Vaccination in the Punjab 1867-1880 - 1867-1880
Year: 1867
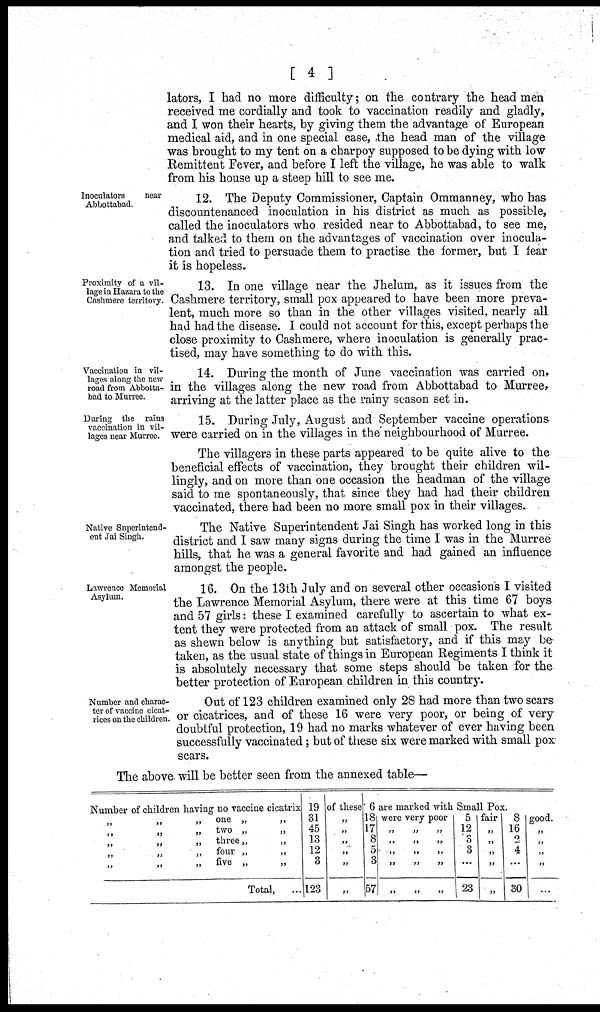
[ 4 ]
lators, I had no more difficulty; on the contrary the head men
received me cordially and took to vaccination readily and gladly,
and I won their hearts, by giving them the advantage of European
medical aid, and in one special case, the head man of the village
was brought to my tent on a charpoy supposed to be dying with low
Remittent Fever, and before I left the village, he was able to walk
from his house up a steep hill to see me.
Inoculators
near
Abbottabad.
12. The Deputy Commissioner, Captain Ommanney, who has
discountenanced inoculation in his district as much as possible,
called the inoculators who resided near to Abbottabad, to see me,
and talked to them on the advantages of vaccination over inocula-
tion and tried to persuade them to practise the former, but I fear
it is hopeless.
Proximity of a vil-
lage in Hazara to the
Cashmere territory.
13. In one village near the Jhelum, as it issues from the
Cashmere territory, small pox appeared to have been more preva-
lent, much more so than in the other villages visited, nearly all
had had the disease. I could not account for this, except perhaps the
close proximity to Cashmere, where inoculation is generally prac-
tised, may have something to do with this.
Vaccination in vil-
lages along the new
road from Abbotta-
bad to Murree.
14. During the month of June vaccination was carried on,
in the villages along the new road from Abbottabad to Murree,
arriving at the latter place as the rainy season set in.
During the rains
vaccination in vil-
lages near Murree.
15. During July, August and September vaccine operations
were carried on in the villages in the neighbourhood of Murree.
The villagers in these parts appeared to be quite alive to the
beneficial effects of vaccination, they brought their children wil-
lingly, and on more than one occasion the headman of the village
said to me spontaneously, that since they had had their children
vaccinated, there had been no more small pox in their villages.
Native Superintend-
ent Jai Singh.
The Native Superintendent Jai Singh has worked long in this
district and I saw many signs during the time I was in the Murree
hills, that he was a general favorite and had gained an influence
amongst the people.
Lawrence Memorial
Asylum.
16. On the 13th July and on several other occasions I visited
the Lawrence Memorial Asylum, there were at this time 67 boys
and 57 girls: these I examined carefully to ascertain to what ex-
tent they were protected from an attack of small pox. The result
as shewn below is anything but satisfactory, and if this may be
taken, as the usual state of things in European Regiments I think it
is absolutely necessary that some steps should be taken for the
better protection of European children in this country.
Number and charac-
ter of vaccine cicat-
rices on the children.
Out of 123 children examined only 28 had more than two scars
or cicatrices, and of these 16 were very poor, or being of very
doubtful protection, 19 had no marks whatever of ever having been
successfully vaccinated; but of these six were marked with small pox
scars.
The above will be better seen from the annexed table—
Number of children having no vaccine cicatrix
„
„
„
one „ „
„
„
„
two„
„
„
„
„
three„
„
„ „ „ four„ „
„
„
„
five
„
„
Total, ...
19
31
45
13
12
3
123
of these
„
„
„
„
„
„
6
18
17
8
5
3
57
are marked with Small Pox.
were very poor
„ „ „
„ „ „
„ „ „
„ „ „
„ „ „
5
12
3
3
...
23
fair
„
„
„
„
„
8
16
2
4
...
30
good.
„
„
„
„
...